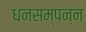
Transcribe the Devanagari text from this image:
धनसम्पन्न